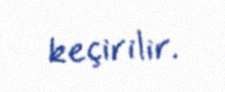
keçirilir.